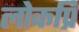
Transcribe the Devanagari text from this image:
लोकप्रि